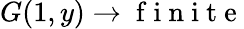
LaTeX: G(1,y)\rightarrow\mathrm{~f~i~n~i~t~e~}